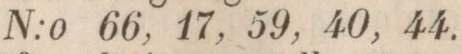
N:o 66, 17, 59, 40, 44.